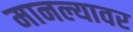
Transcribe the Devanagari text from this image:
मानल्यावर